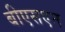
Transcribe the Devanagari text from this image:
बीएसएन